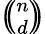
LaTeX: \textstyle{\left(\! \! {\binom{n}{d}}\! \! \right)}